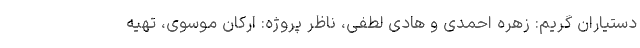
دستیاران گریم: زهره احمدی و هادی لطفی، ناظر پروژه: ارکان موسوى، تهیه